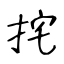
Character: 挓